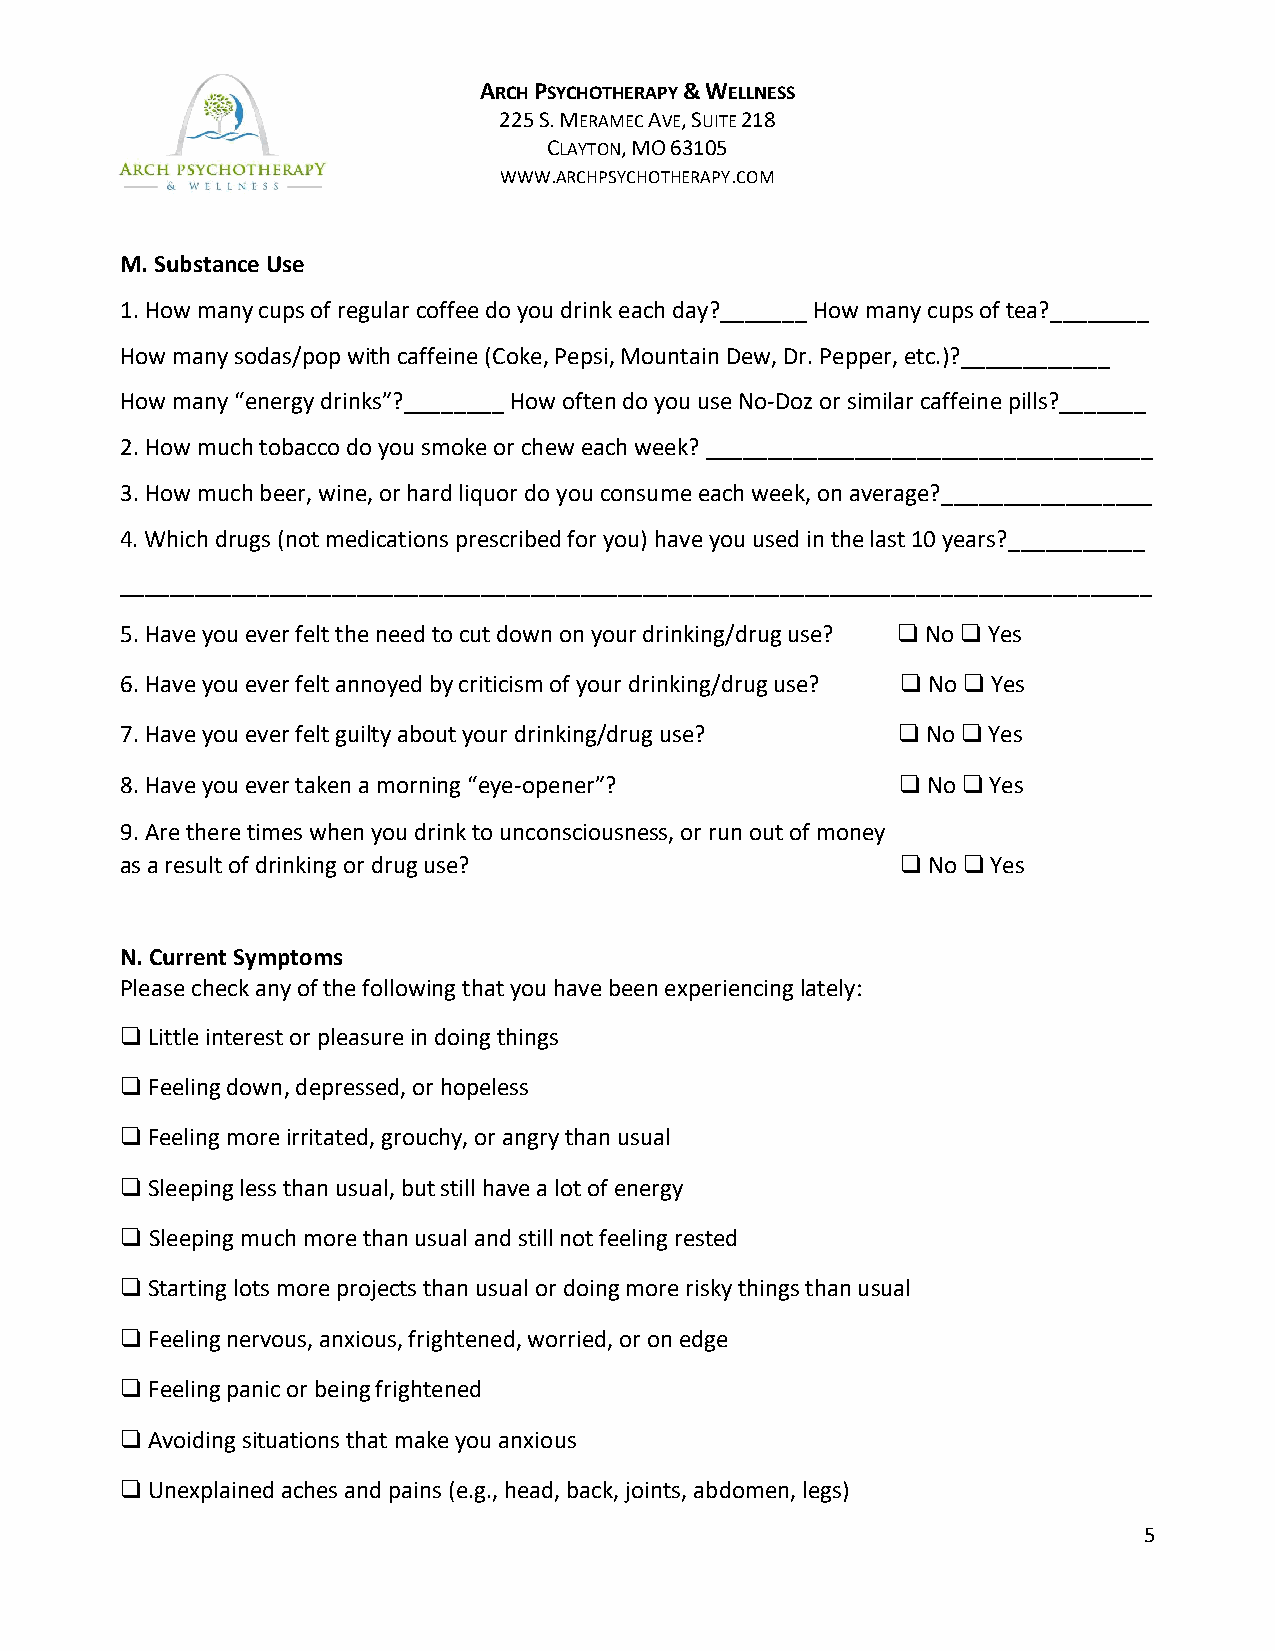
ARCH PSYCHOTHERAPY & WELLNESS
 225 S. MERAMEC AVE, SUITE 218
 CLAYTON, MO 63105
 WWW.ARCHPSYCHOTHERAPY.COM
 M. Substance Use
 1. How many cups of regular coffee do you drink each day?_______ How many cups of tea?________
 How many sodas/pop with caffeine (Coke, Pepsi, Mountain Dew, Dr. Pepper, etc.)?____________
 How many “energy drinks”?________ How often do you use No-Doz or similar caffeine pills?_______
 2. How much tobacco do you smoke or chew each week? ____________________________________
 3. How much beer, wine, or hard liquor do you consume each week, on average?_________________
 4. Which drugs (not medications prescribed for you) have you used in the last 10 years?___________
 ___________________________________________________________________________________
 5. Have you ever felt the need to cut down on your drinking/drug use? No Yes
 ❑    ❑
 6. Have you ever felt annoyed by criticism of your drinking/drug use? No Yes
 ❑   ❑
 7. Have you ever felt guilty about your drinking/drug use? No Yes
 ❑    ❑
 8. Have you ever taken a morning “eye-opener”?       No   Yes
 ❑   ❑
 9. Are there times when you drink to unconsciousness, or run out of money
 as a result of drinking or drug use?                 No   Yes
 ❑   ❑
 N. Current Symptoms
 Please check any of the following that you have been experiencing lately:
 Little interest or pleasure in doing things
 ❑
 Feeling down, depressed, or hopeless
 ❑
 Feeling more irritated, grouchy, or angry than usual
 ❑
 Sleeping less than usual, but still have a lot of energy
 ❑
 Sleeping much more than usual and still not feeling rested
 ❑
 Starting lots more projects than usual or doing more risky things than usual
 ❑
 Feeling nervous, anxious, frightened, worried, or on edge
 ❑
 Feeling panic or being frightened
 ❑
 Avoiding situations that make you anxious
 ❑
 Unexplained aches and pains (e.g., head, back, joints, abdomen, legs)
 ❑
 5